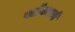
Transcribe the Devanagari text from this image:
फ्लॅटमध्ये